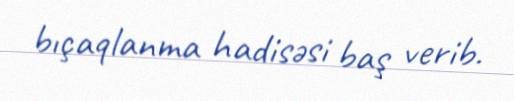
bıçaqlanma hadisəsi baş verib.